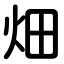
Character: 畑